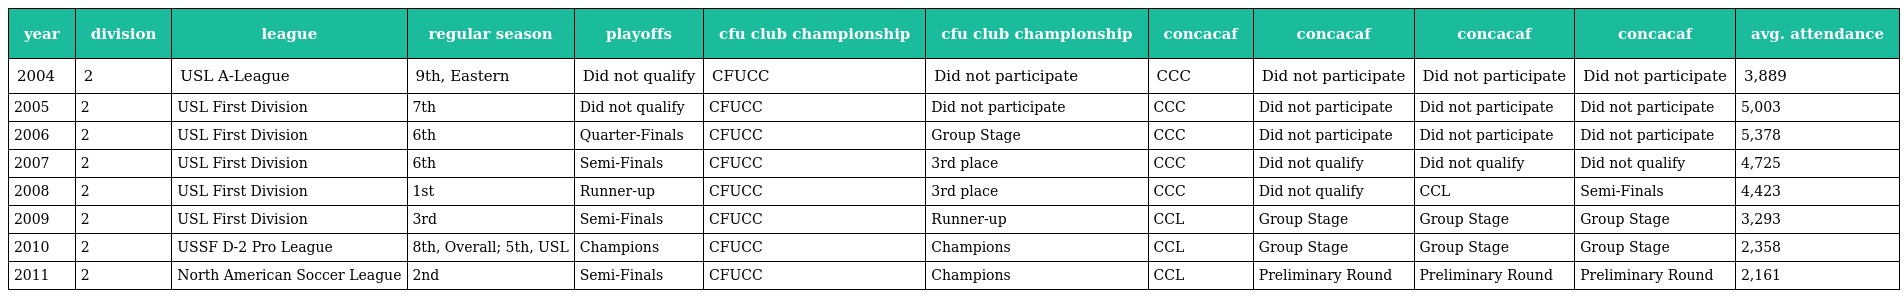
| year | division | league | regular season | playoffs | cfu club championship | cfu club championship | concacaf | concacaf | concacaf | concacaf | avg. attendance |
 | --- | --- | --- | --- | --- | --- | --- | --- | --- | --- | --- | --- |
 | 2004 | 2 | USL A-League | 9th, Eastern | Did not qualify | CFUCC | Did not participate | CCC | Did not participate | Did not participate | Did not participate | 3,889 |
 | 2005 | 2 | USL First Division | 7th | Did not qualify | CFUCC | Did not participate | CCC | Did not participate | Did not participate | Did not participate | 5,003 |
 | 2006 | 2 | USL First Division | 6th | Quarter-Finals | CFUCC | Group Stage | CCC | Did not participate | Did not participate | Did not participate | 5,378 |
 | 2007 | 2 | USL First Division | 6th | Semi-Finals | CFUCC | 3rd place | CCC | Did not qualify | Did not qualify | Did not qualify | 4,725 |
 | 2008 | 2 | USL First Division | 1st | Runner-up | CFUCC | 3rd place | CCC | Did not qualify | CCL | Semi-Finals | 4,423 |
 | 2009 | 2 | USL First Division | 3rd | Semi-Finals | CFUCC | Runner-up | CCL | Group Stage | Group Stage | Group Stage | 3,293 |
 | 2010 | 2 | USSF D-2 Pro League | 8th, Overall; 5th, USL | Champions | CFUCC | Champions | CCL | Group Stage | Group Stage | Group Stage | 2,358 |
 | 2011 | 2 | North American Soccer League | 2nd | Semi-Finals | CFUCC | Champions | CCL | Preliminary Round | Preliminary Round | Preliminary Round | 2,161 |